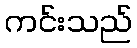
ကင်းသည်